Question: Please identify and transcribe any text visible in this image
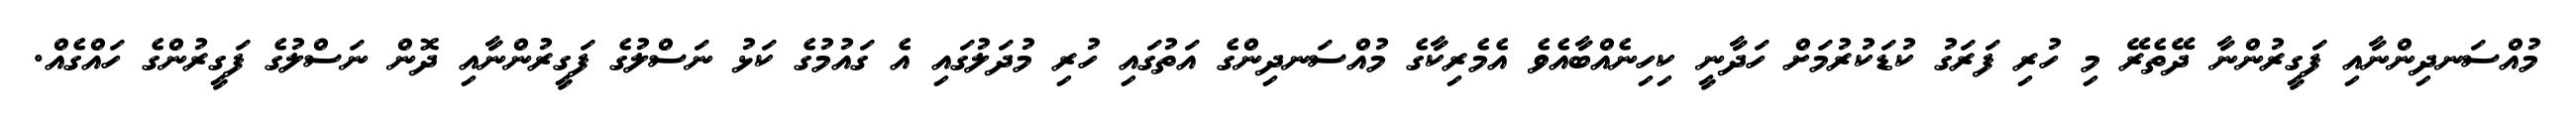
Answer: މުއްސަނދިންނާއި ފަގީރުންނާ ދޭތެރޭ މި ހުރި ފަރަގު ކުޑަކުރުމަށް ހަދާނީ ކިހިނެއްބާއެވެ އެމެރިކާގެ މުއްސަނދިންގެ އަތުގައި ހުރި މުދަލުގައި އެ ގައުމުގެ ކަޅު ނަސްލުގެ ފަގީރުންނާއި ދޮން ނަސްލުގެ ފަގީރުންގެ ހައްގެއް.